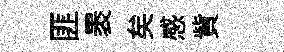
匪褁矣感貲